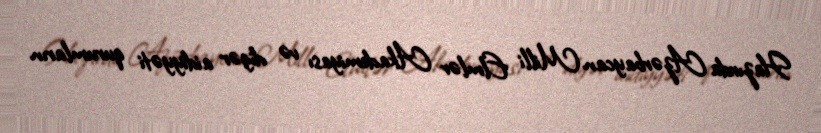
Hazırda Azərbaycan Milli Elmlər Akademiyası və digər aidiyyəti qurumların